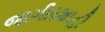
જાગીરશાહી